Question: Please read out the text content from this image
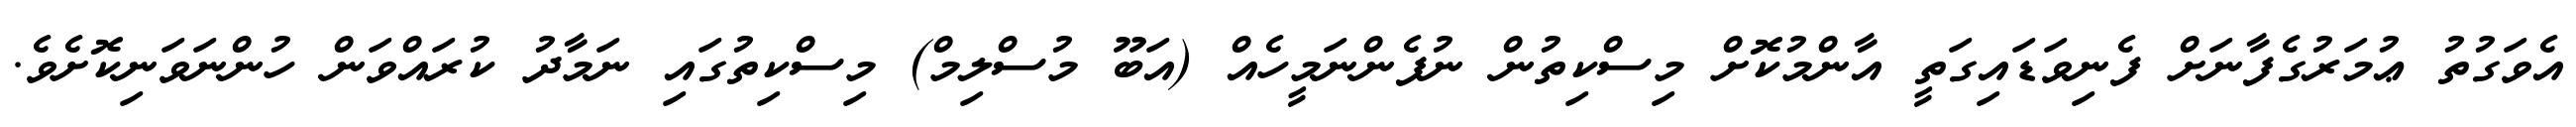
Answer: އެވަގުތު ޢުމަރުގެފާނަށް ފެނިވަޑައިގަތީ އާންމުކޮށް މިސްކިތުން ނުފެންނަމީހެއް (އަބޫ މުސްލިމް) މިސްކިތުގައި ނަމާދު ކުރައްވަން ހުންނަވަނިކޮށެވެ.